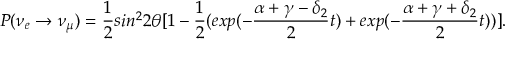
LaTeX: P ( \nu _ { e } \rightarrow \nu _ { \mu } ) = \frac { 1 } { 2 } s i n ^ { 2 } 2 \theta [ 1 - \frac { 1 } { 2 } ( e x p { ( - \frac { \alpha + \gamma - \delta _ { 2 } } { 2 } t ) } + e x p { ( - \frac { \alpha + \gamma + \delta _ { 2 } } { 2 } t ) } ) ] .